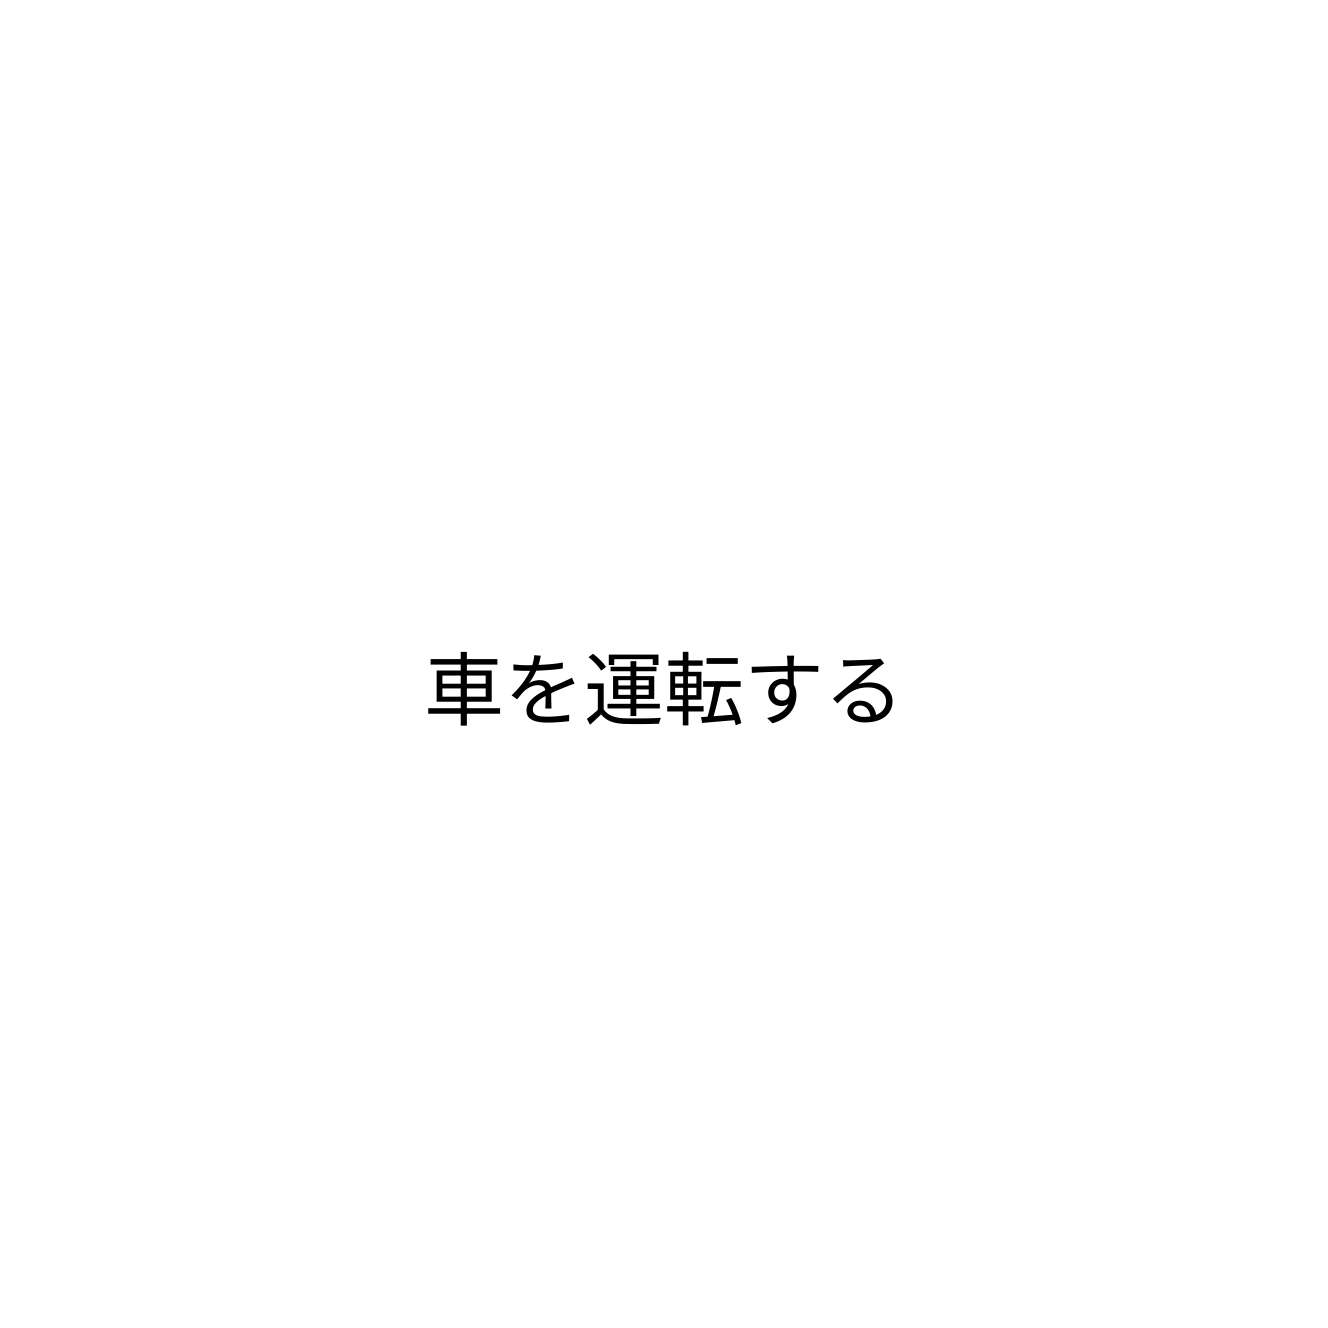
車を運転する